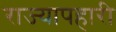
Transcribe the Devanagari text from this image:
राज्यापहारी